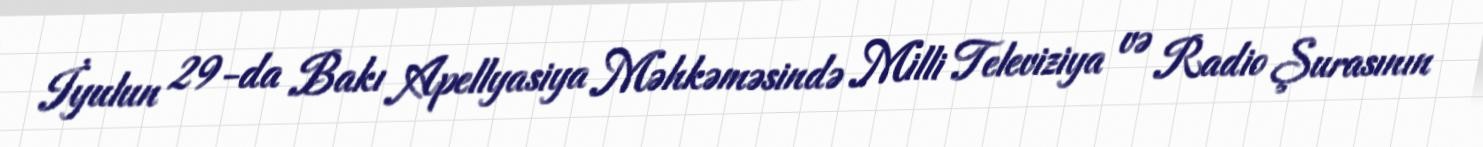
İyulun 29-da Bakı Apellyasiya Məhkəməsində Milli Televiziya və Radio Şurasının